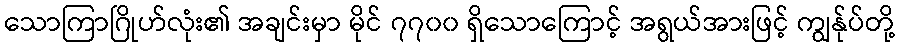
သောကြာဂြိုဟ်လုံး၏ အချင်းမှာ မိုင် ၇၇၀၀ ရှိသောကြောင့် အရွယ်အားဖြင့် ကျွန်ုပ်တို့